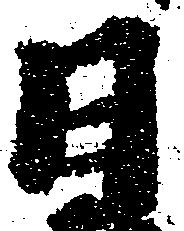
日